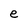
Character: e